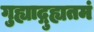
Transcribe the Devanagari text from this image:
गुह्याद्गुह्यतमं